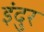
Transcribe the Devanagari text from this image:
इंदुर